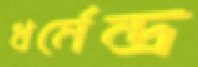
ধর্মেন্দ্র